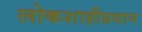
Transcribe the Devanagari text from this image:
लोकशाहीप्रधान